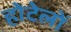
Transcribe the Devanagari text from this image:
होटेलों